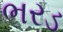
ભરડ